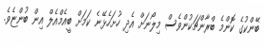
ބޭންކުގެ ކޮންމެ ބްރާންޗަކުންވެސް މިލޯނަށް އެދި ހުށަހެޅޭނެ ކަމަށް ބީއެމްއެލް އިން ބުންޏެވެ.